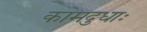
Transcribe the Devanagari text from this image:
कामदुधाः